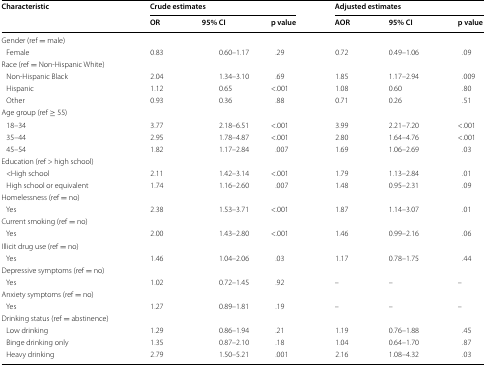
<table><thead><tr><td rowspan="2"><b>Characteristic</b></td><td colspan="3"><b>Crude estimates</b></td><td colspan="3"><b>Adjusted estimates</b></td></tr><tr><td><b>OR</b></td><td><b>95% CI</b></td><td><b>p value</b></td><td><b>AOR</b></td><td><b>95% CI</b></td><td><b>p value</b></td></tr></thead><tbody><tr><td>Gender (ref = male)</td><td></td><td></td><td></td><td></td><td></td><td></td></tr><tr><td> Female</td><td>0.83</td><td>0.60–1.17</td><td>.29</td><td>0.72</td><td>0.49–1.06</td><td>.09</td></tr><tr><td>Race (ref = Non-Hispanic White)</td><td></td><td></td><td></td><td></td><td></td><td></td></tr><tr><td> Non-Hispanic Black</td><td>2.04</td><td>1.34–3.10</td><td>.69</td><td>1.85</td><td>1.17–2.94</td><td>.009</td></tr><tr><td> Hispanic</td><td>1.12</td><td>0.65</td><td>&lt;.001</td><td>1.08</td><td>0.60</td><td>.80</td></tr><tr><td> Other</td><td>0.93</td><td>0.36</td><td>.88</td><td>0.71</td><td>0.26</td><td>.51</td></tr><tr><td>Age group (ref ≥ 55)</td><td></td><td></td><td></td><td></td><td></td><td></td></tr><tr><td> 18–34</td><td>3.77</td><td>2.18–6.51</td><td>&lt;.001</td><td>3.99</td><td>2.21–7.20</td><td>&lt;.001</td></tr><tr><td> 35–44</td><td>2.95</td><td>1.78–4.87</td><td>&lt;.001</td><td>2.80</td><td>1.64–4.76</td><td>&lt;.001</td></tr><tr><td> 45–54</td><td>1.82</td><td>1.17–2.84</td><td>.007</td><td>1.69</td><td>1.06–2.69</td><td>.03</td></tr><tr><td>Education (ref &gt; high school)</td><td></td><td></td><td></td><td></td><td></td><td></td></tr><tr><td> &lt;High school</td><td>2.11</td><td>1.42–3.14</td><td>&lt;.001</td><td>1.79</td><td>1.13–2.84</td><td>.01</td></tr><tr><td> High school or equivalent</td><td>1.74</td><td>1.16–2.60</td><td>.007</td><td>1.48</td><td>0.95–2.31</td><td>.09</td></tr><tr><td>Homelessness (ref = no)</td><td></td><td></td><td></td><td></td><td></td><td></td></tr><tr><td> Yes</td><td>2.38</td><td>1.53–3.71</td><td>&lt;.001</td><td>1.87</td><td>1.14–3.07</td><td>.01</td></tr><tr><td>Current smoking (ref = no)</td><td></td><td></td><td></td><td></td><td></td><td></td></tr><tr><td> Yes</td><td>2.00</td><td>1.43–2.80</td><td>&lt;.001</td><td>1.46</td><td>0.99–2.16</td><td>.06</td></tr><tr><td>Illicit drug use (ref = no)</td><td></td><td></td><td></td><td></td><td></td><td></td></tr><tr><td> Yes</td><td>1.46</td><td>1.04–2.06</td><td>.03</td><td>1.17</td><td>0.78–1.75</td><td>.44</td></tr><tr><td>Depressive symptoms (ref = no)</td><td></td><td></td><td></td><td></td><td></td><td></td></tr><tr><td> Yes</td><td>1.02</td><td>0.72–1.45</td><td>.92</td><td>–</td><td>–</td><td>–</td></tr><tr><td>Anxiety symptoms (ref = no)</td><td></td><td></td><td></td><td></td><td></td><td></td></tr><tr><td> Yes</td><td>1.27</td><td>0.89–1.81</td><td>.19</td><td>–</td><td>–</td><td>–</td></tr><tr><td>Drinking status (ref = abstinence)</td><td></td><td></td><td></td><td></td><td></td><td></td></tr><tr><td> Low drinking</td><td>1.29</td><td>0.86–1.94</td><td>.21</td><td>1.19</td><td>0.76–1.88</td><td>.45</td></tr><tr><td> Binge drinking only</td><td>1.35</td><td>0.87–2.10</td><td>.18</td><td>1.04</td><td>0.64–1.70</td><td>.87</td></tr><tr><td> Heavy drinking</td><td>2.79</td><td>1.50–5.21</td><td>.001</td><td>2.16</td><td>1.08–4.32</td><td>.03</td></tr></tbody></table>